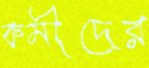
কর্মীদের